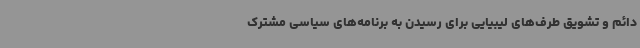
دائم و تشویق طرف‌های لیبیایی برای رسیدن به برنامه‌های سیاسی مشترک